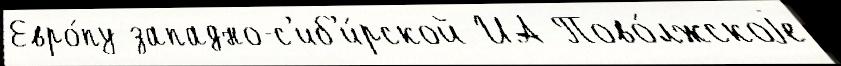
Евро́пу западно-с'иб'и́рской ИА Пово́лжскоjе